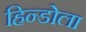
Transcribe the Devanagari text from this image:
हिन्डोला